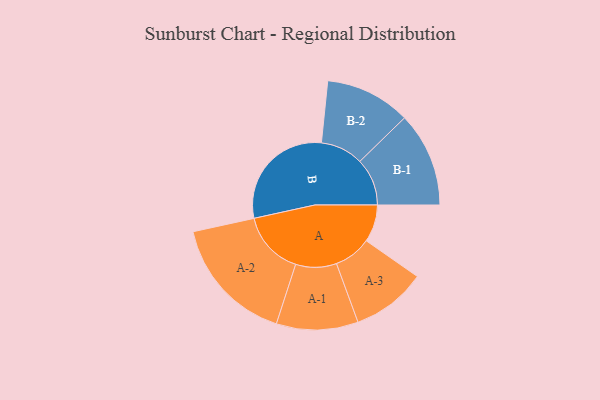
{"axis": {"x": "Segment", "y": "Value"}, "legend": ["", "A", "B"], "data": [{"x": "A", "y": 161, "type": ""}, {"x": "B", "y": 499, "type": ""}, {"x": "A-1", "y": 176, "type": "A"}, {"x": "A-2", "y": 275, "type": "A"}, {"x": "A-3", "y": 161, "type": "A"}, {"x": "B-1", "y": 204, "type": "B"}, {"x": "B-2", "y": 184, "type": "B"}]}